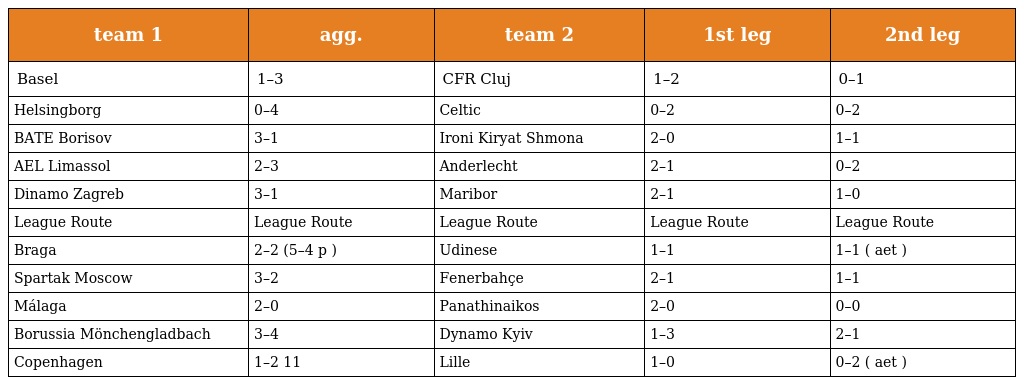
| team 1 | agg. | team 2 | 1st leg | 2nd leg |
 | --- | --- | --- | --- | --- |
 | Basel | 1–3 | CFR Cluj | 1–2 | 0–1 |
 | Helsingborg | 0–4 | Celtic | 0–2 | 0–2 |
 | BATE Borisov | 3–1 | Ironi Kiryat Shmona | 2–0 | 1–1 |
 | AEL Limassol | 2–3 | Anderlecht | 2–1 | 0–2 |
 | Dinamo Zagreb | 3–1 | Maribor | 2–1 | 1–0 |
 | League Route | League Route | League Route | League Route | League Route |
 | Braga | 2–2 (5–4 p ) | Udinese | 1–1 | 1–1 ( aet ) |
 | Spartak Moscow | 3–2 | Fenerbahçe | 2–1 | 1–1 |
 | Málaga | 2–0 | Panathinaikos | 2–0 | 0–0 |
 | Borussia Mönchengladbach | 3–4 | Dynamo Kyiv | 1–3 | 2–1 |
 | Copenhagen | 1–2 11 | Lille | 1–0 | 0–2 ( aet ) |